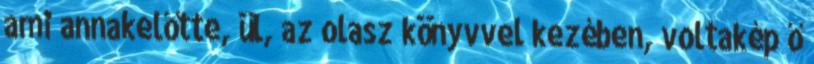
ami annakelőtte, ül, az olasz könyvvel kezében, voltakép ő